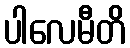
ပါလေမီတိ